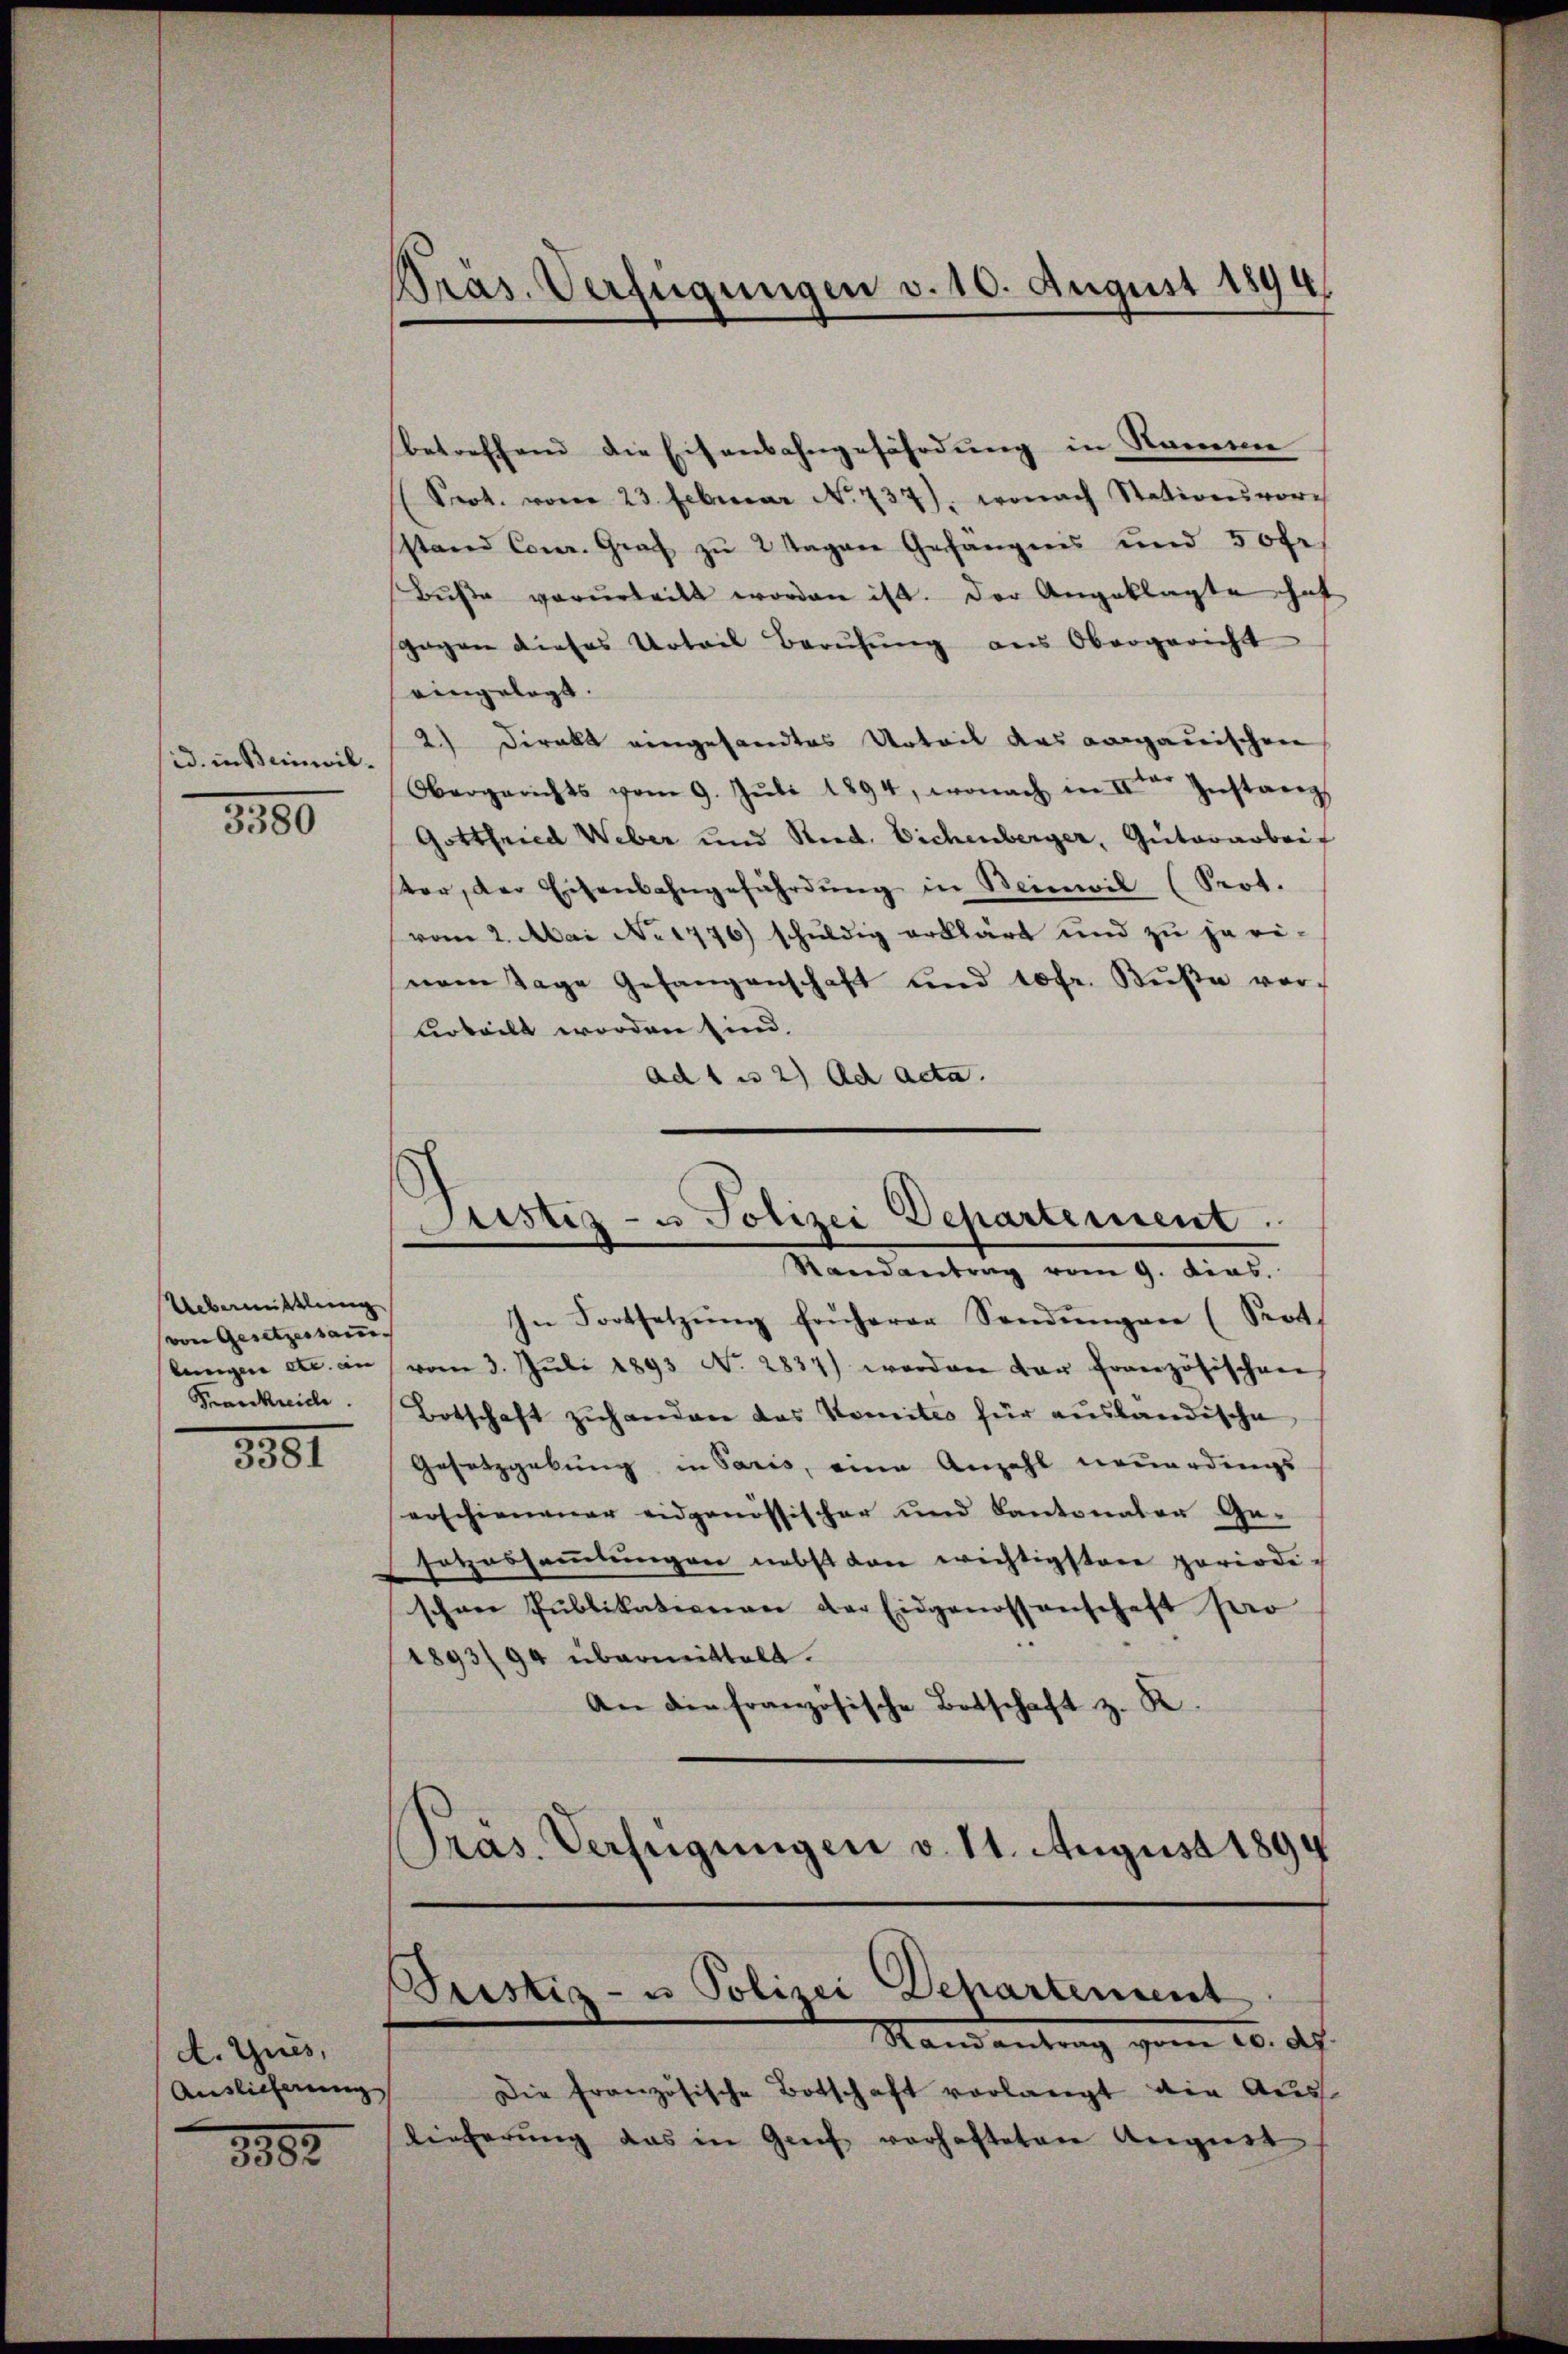
id. in Beinwil¬
380

Uebermittlung
von Gesetzessam- |
Frankreiche

3381

d. Zues,
Auslieferung
3382

In Fortsetzŭng früherer Sendŭngen (Seot.
lungen etc. an vom 3. Jŭli 1893 No 2831) worden der französischen
Botschaft zŭhanden das Komités für ausländische
Gesetzgebung in Saris, eine Anzahl neuerdings
erschienener eidgenössischer und Cantonaler Ge-
sotzessammlungen nebst von wichtigsten periodi-
schnee Pŭblikationen der Eidgenossenschaft pro
1893/94 übermittelt.
An die französische Botschaft z. R.
Pras. Verfügungen v. 11. August 1894

Präs. Verfügungen v. 10. August 1894.

betreffend die Eisenbahngefährdung in Name
(Srot. vom 23. Februar No. 737), wonach Stationsvorch
stand Conr. Graf zu 2 Tagen Gefängnis und 50 fr
Bŭβe verurteilt worden ist. Der Angeklagte haf
gegen dieses Urteil Berŭfŭng aus Obergericht
eingelegt.
2) Direkt eingesandtes Urteil des aargauischen
Obergerichts vom 9. Jŭli 1894, wonach in der Instanz
Gottfried Weber und Ried. Eichenberger, Güterarbeit
ter, der Eisenbahngefährdŭng in Beinwil (Prot.
vom 2. Mai No 1776) schuldig erklärt und zu je ei-
senen Tage Gefangenschaft und 10fr. Bŭβe vorurteilt worden sind.
ad 1 u 2) ad acta.

Justiz- u Polizei Departement.
Standentrag vom 9. dies

Justiz- u Polizei Departement
Standentrag vom 20. ds.

Die französische Botschaft vorlangt die Auss
Lieferung das in Genf verhafteten August